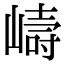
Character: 𭗇